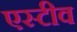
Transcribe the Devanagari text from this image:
एस्टीव